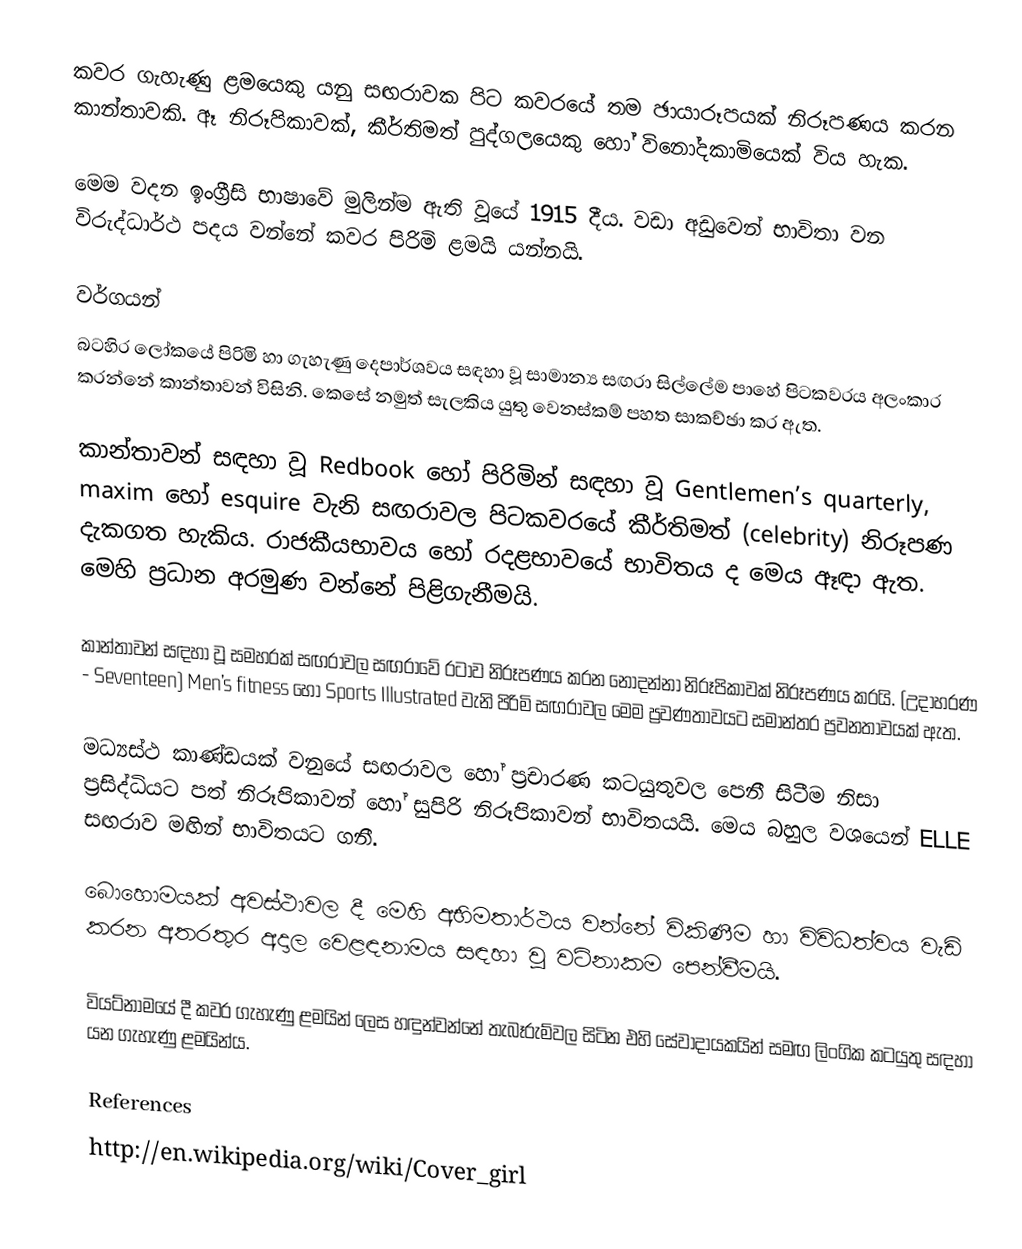
කවර ගැහැණු ළමයෙකු යනු සඟරාවක පිට කවරයේ තම ඡායාරූපයක් නිරූපණය කරන කාන්තාවකි. ඈ නිරූපිකාවක්, කීර්තිමත් පුද්ගලයෙකු හෝ විනෝදකාමියෙක් විය හැක.

මෙම වදන ඉංග්‍රීසි භාෂාවේ මුලින්ම ඇති වූයේ 1915 දීය. වඩා අඩුවෙන් භාවිතා වන විරුද්ධාර්ථ පදය වන්නේ කවර පිරිමි ළමයි යන්නයි.

වර්ගයන්
බටහිර ලෝකයේ පිරිමි හා ගැහැණු දෙපාර්ශවය සඳහා වූ සාමාන්‍ය සඟරා සිල්ලේම පාහේ පිටකවරය අලංකාර කරන්නේ කාන්තාවන් විසිනි. කෙසේ නමුත් සැලකිය යුතු වෙනස්කම් පහත සාකච්ඡා කර ඇත.

කාන්තාවන් සඳහා වූ Redbook හෝ පිරිමින් සඳහා වූ Gentlemen’s quarterly, maxim හෝ esquire වැනි සඟරාවල පිටකවරයේ කීර්තිමත් (celebrity) නිරූපණ දැකගත හැකිය. රාජකීයභාවය හෝ රදළභාවයේ භාවිතය ද මෙය ඈඳා ඇත. මෙහි ප්‍රධාන අරමුණ වන්නේ පිළිගැනීමයි.

කාන්තාවන් සඳහා වූ සමහරක් සඟරාවල සඟරාවේ රටාව නිරූපණය කරන නොදන්නා නිරූපිකාවක් නිරූපණය කරයි. (උදාහරණ - Seventeen)  Men’s fitness හෝ Sports Illustrated වැනි පිරිමි සඟරාවල මෙම ප්‍රවණතාවයට සමාන්තර ප්‍රවනතාවයක් ඇත.

මධ්‍යස්ථ කාණ්ඩයක් වනුයේ සඟරාවල හෝ ප්‍රචාරණ කටයුතුවල පෙනී සිටීම නිසා ප්‍රසිද්ධියට පත් නිරූපිකාවන් හෝ සුපිරි නිරූපිකාවන් භාවිතයයි. මෙය බහුල වශයෙන් ELLE සඟරාව මඟින් භාවිතයට ගනී.

‍බොහොමයක් අවස්ථාවල දී මෙහි අභිමතාර්ථය වන්නේ විකිණීම හා විවිධත්වය වැඩි කරන අතරතුර අදාල වෙළඳනාමය සඳහා වූ වටිනාකම පෙන්වීමයි.

වියට්නාමයේ දී කවර ගැහැණු ළමයින් ලෙස හඳුන්වන්නේ තැබෑරුම්වල සිටින එහි සේවාදායකයින් සමඟ ලිංගික කටයුතු සඳහා යන ගැහැණු ළමයින්ය.

References
http://en.wikipedia.org/wiki/Cover_girl